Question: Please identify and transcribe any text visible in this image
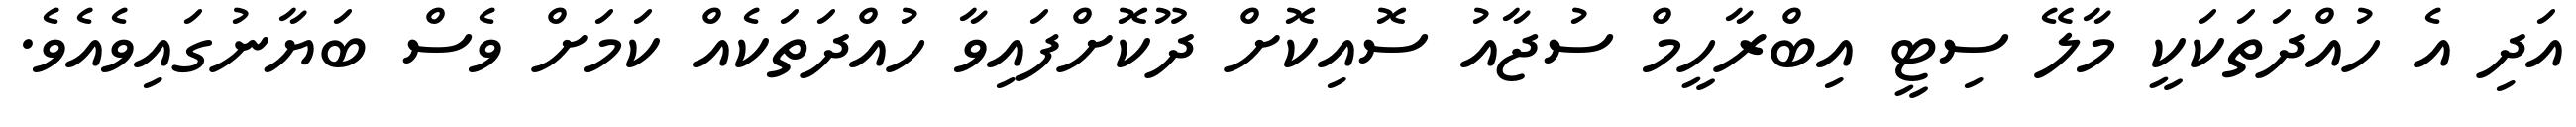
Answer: އަދި އެ ހުއްދަތަކަކީ މާލޭ ސިޓީ އިބްރާހީމް ސުޖާއު ސޮއިކޮށް ދޫކޮށްފައިވާ ހުއްދަތަކެއް ކަމަށް ވެސް ބަޔާނުގައިވެއެވެ.